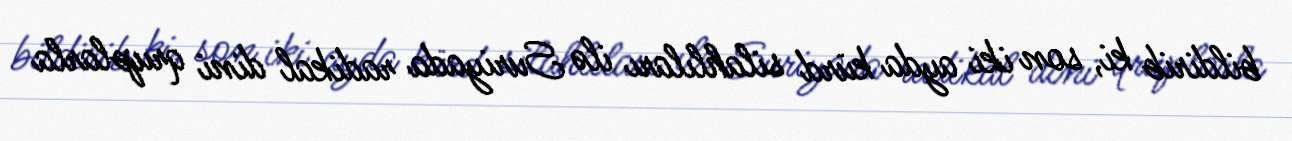
bildirib ki, son iki ayda kürd silahlıları ilə Suriyada radikal dini qruplarla